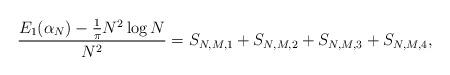
LaTeX: \begin{align*}\frac{E_{1}(\alpha_{N})-\frac{1}{\pi}N^2 \log N}{N^2}=S_{N,M,1}+S_{N,M,2}+S_{N,M,3}+S_{N,M,4},\end{align*}